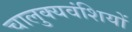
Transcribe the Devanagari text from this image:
चालुक्यवंशियों